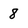
Character: 8